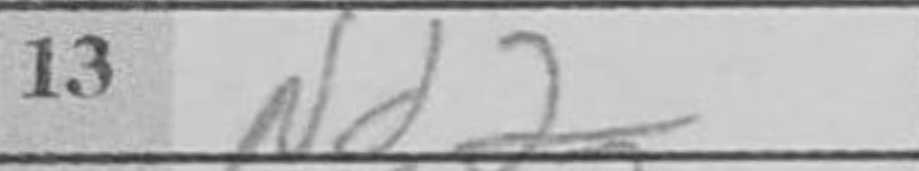
Transcription: Nd2